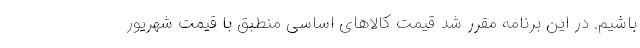
باشیم. در این برنامه مقرر شد قیمت کالاهای اساسی منطبق با قیمت شهریور